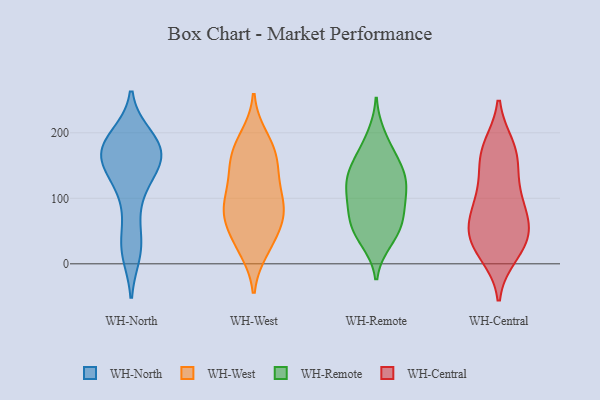
{"axis": {"x": "LTV (USD)", "y": "Value"}, "legend": ["WH-Central", "WH-North", "WH-Remote", "WH-West"], "data": [{"x": "", "y": 100, "type": "WH-North"}, {"x": "", "y": 173, "type": "WH-North"}, {"x": "", "y": 21, "type": "WH-North"}, {"x": "", "y": 154, "type": "WH-North"}, {"x": "", "y": 18, "type": "WH-North"}, {"x": "", "y": 163, "type": "WH-North"}, {"x": "", "y": 189, "type": "WH-North"}, {"x": "", "y": 137, "type": "WH-North"}, {"x": "", "y": 28, "type": "WH-North"}, {"x": "", "y": 142, "type": "WH-North"}, {"x": "", "y": 164, "type": "WH-North"}, {"x": "", "y": 186, "type": "WH-North"}, {"x": "", "y": 193, "type": "WH-North"}, {"x": "", "y": 161, "type": "WH-North"}, {"x": "", "y": 179, "type": "WH-North"}, {"x": "", "y": 37, "type": "WH-North"}, {"x": "", "y": 178, "type": "WH-North"}, {"x": "", "y": 142, "type": "WH-North"}, {"x": "", "y": 95, "type": "WH-North"}, {"x": "", "y": 180, "type": "WH-North"}, {"x": "", "y": 74, "type": "WH-West"}, {"x": "", "y": 181, "type": "WH-West"}, {"x": "", "y": 119, "type": "WH-West"}, {"x": "", "y": 166, "type": "WH-West"}, {"x": "", "y": 68, "type": "WH-West"}, {"x": "", "y": 73, "type": "WH-West"}, {"x": "", "y": 93, "type": "WH-West"}, {"x": "", "y": 163, "type": "WH-West"}, {"x": "", "y": 135, "type": "WH-West"}, {"x": "", "y": 92, "type": "WH-West"}, {"x": "", "y": 84, "type": "WH-West"}, {"x": "", "y": 146, "type": "WH-West"}, {"x": "", "y": 29, "type": "WH-West"}, {"x": "", "y": 193, "type": "WH-West"}, {"x": "", "y": 39, "type": "WH-West"}, {"x": "", "y": 22, "type": "WH-West"}, {"x": "", "y": 83, "type": "WH-Remote"}, {"x": "", "y": 195, "type": "WH-Remote"}, {"x": "", "y": 138, "type": "WH-Remote"}, {"x": "", "y": 119, "type": "WH-Remote"}, {"x": "", "y": 105, "type": "WH-Remote"}, {"x": "", "y": 129, "type": "WH-Remote"}, {"x": "", "y": 35, "type": "WH-Remote"}, {"x": "", "y": 65, "type": "WH-Remote"}, {"x": "", "y": 92, "type": "WH-Remote"}, {"x": "", "y": 146, "type": "WH-Remote"}, {"x": "", "y": 118, "type": "WH-Remote"}, {"x": "", "y": 154, "type": "WH-Remote"}, {"x": "", "y": 174, "type": "WH-Remote"}, {"x": "", "y": 60, "type": "WH-Remote"}, {"x": "", "y": 39, "type": "WH-Remote"}, {"x": "", "y": 59, "type": "WH-Remote"}, {"x": "", "y": 168, "type": "WH-Central"}, {"x": "", "y": 46, "type": "WH-Central"}, {"x": "", "y": 154, "type": "WH-Central"}, {"x": "", "y": 121, "type": "WH-Central"}, {"x": "", "y": 71, "type": "WH-Central"}, {"x": "", "y": 178, "type": "WH-Central"}, {"x": "", "y": 28, "type": "WH-Central"}, {"x": "", "y": 15, "type": "WH-Central"}, {"x": "", "y": 174, "type": "WH-Central"}, {"x": "", "y": 35, "type": "WH-Central"}, {"x": "", "y": 28, "type": "WH-Central"}, {"x": "", "y": 106, "type": "WH-Central"}, {"x": "", "y": 88, "type": "WH-Central"}, {"x": "", "y": 74, "type": "WH-Central"}, {"x": "", "y": 56, "type": "WH-Central"}]}